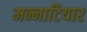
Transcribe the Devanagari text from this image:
मन्नाटियार